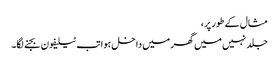
مثال کے طور پر،
جلد نہیں میں گھر میں داخل ہوا تب ٹیلیفون بجنے لگا۔